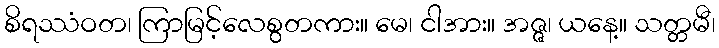
စိရဿံဝတ၊ ကြာမြင့်လေစွတကား။ မေ၊ ငါအား။ အဇ္ဇ၊ ယနေ့။ သတ္တမီ၊